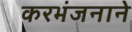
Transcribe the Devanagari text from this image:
करभंजनाने